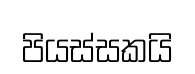
පියස්සකයි